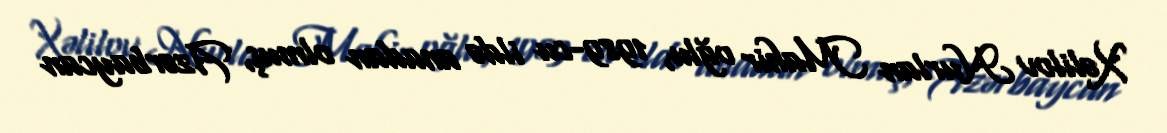
Xəlilov Nurlan Mahir oğlu, 1989-cu ildə anadan olmuş, Azərbaycan